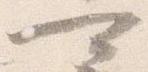
可